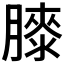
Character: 𦡀